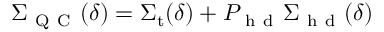
\Sigma _ { \mathrm { ~ Q ~ C ~ } } ( \delta ) = \Sigma _ { \mathrm { t } } ( \delta ) + P _ { \mathrm { ~ h ~ d ~ } } \Sigma _ { \mathrm { ~ h ~ d ~ } } ( \delta )